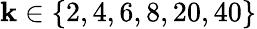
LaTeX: \mathbf{k}\in\{ 2,4,6,8,20,40\}